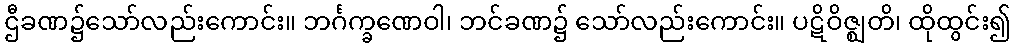
ဌီခဏ၌သော်လည်းကောင်း။ ဘင်္ဂက္ခဏေဝါ၊ ဘင်ခဏ၌ သော်လည်းကောင်း။ ပဋိဝိဇ္ဈတိ၊ ထိုထွင်း၍